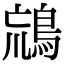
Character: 𪀞